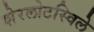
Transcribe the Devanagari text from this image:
शेरलोटस्विले